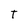
Character: T